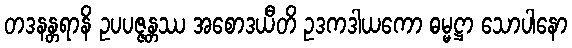
တဒနန္တရာနိ ဥပပဇ္ဇန္တဿ အစောဒယီတိ ဥဒကဒါယကော ဓမ္မဋ္ဌာ သောပါနော